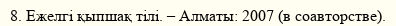
8. Ежелгі қыпшақ тілі. – Алматы: 2007 (в соавторстве).